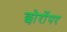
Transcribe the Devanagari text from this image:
छोरोंपर